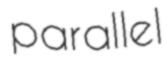
parallel